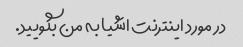
در مورد اینترنت اشیا به من بگویید.